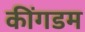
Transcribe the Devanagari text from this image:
कींगडम